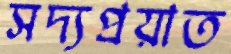
সদ্যপ্রয়াত